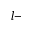
l -